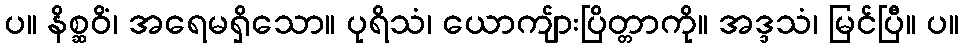
ပ။ နိစ္ဆဝိံ၊ အရေမရှိသော။ ပုရိသံ၊ ယောကျ်ားပြိတ္တာကို။ အဒ္ဒသံ၊ မြင်ပြီ။ ပ။